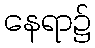
နေရာ၌